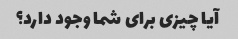
آیا چیزی برای شما وجود دارد؟